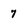
Character: 7